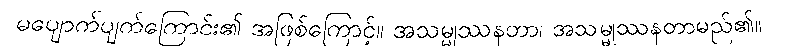
မပျောက်ပျက်ကြောင်း၏ အဖြစ်ကြောင့်။ အသမ္မုဿနတာ၊ အသမ္မုဿနတာမည်၏။